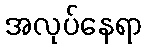
အလုပ်နေရာ